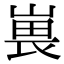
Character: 嵔